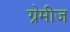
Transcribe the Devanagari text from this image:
ग्रेमीज